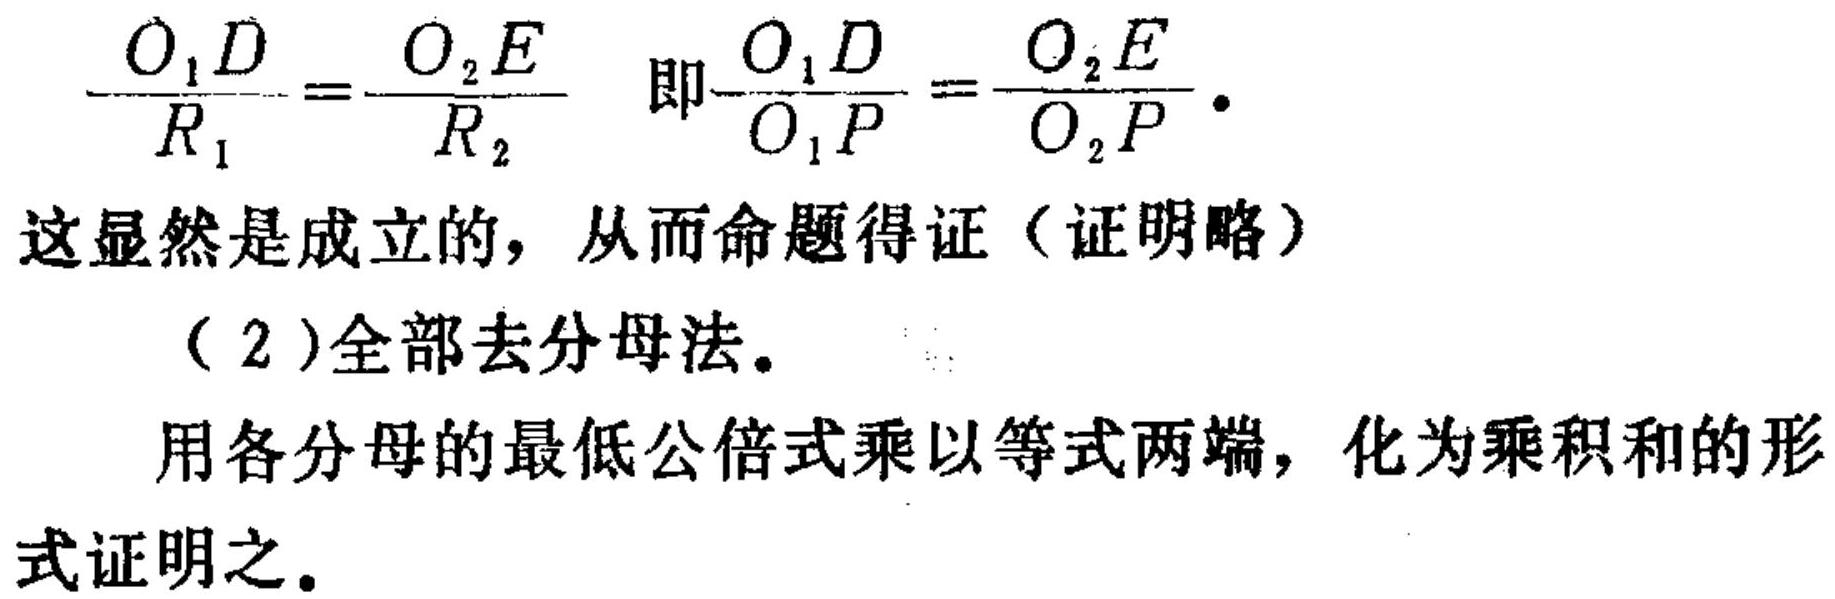
\(\frac{O_{1}D}{R_{1}}=\frac{O_{2}E}{R_{2}}\) 即\(\frac{O_{1}D}{O_{1}P}=\frac{O_{2}E}{O_{2}P}\).
这显然是成立的，从而命题得证（证明略）
（2）全部去分母法。
用各分母的最低公倍式乘以等式两端，化为乘积和的形式证明之。